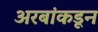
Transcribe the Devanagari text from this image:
अरबांकडून